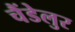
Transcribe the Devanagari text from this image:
चैंडेलुर